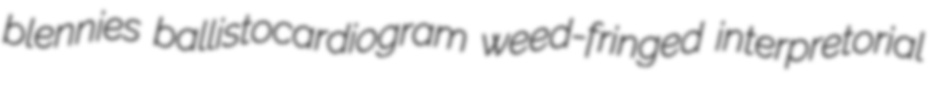
blennies ballistocardiogram weed-fringed interpretorial